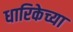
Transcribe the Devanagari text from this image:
धारिकेच्या